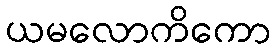
ယမလောကိကော